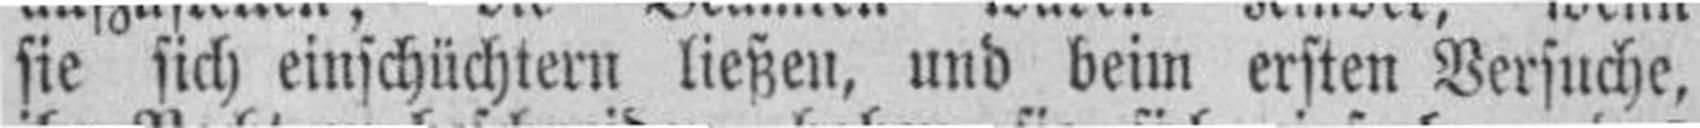
sie sich einschüchtern ließen, und beim ersten Versuche,